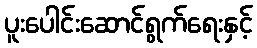
ပူးပေါင်းဆောင်ရွက်ရေးနှင့်